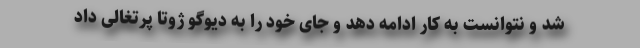
شد و نتوانست به کار ادامه دهد و جای خود را به دیوگو ژوتا پرتغالی داد